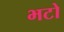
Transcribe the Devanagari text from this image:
भटो